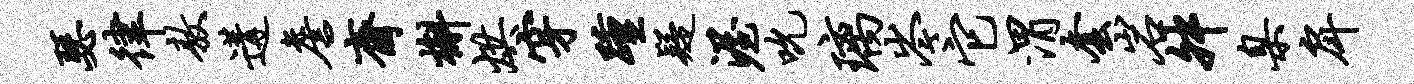
瑟律敖遘詹斋槲烘穿踵疑渥吮璃岑它渭套岩舛臬戽